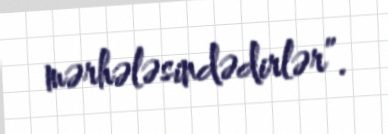
mərhələsindədirlər”.